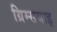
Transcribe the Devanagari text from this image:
ग्रिम्सबाइ